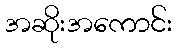
အဆိုးအကောင်း